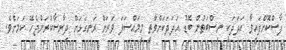
ފާސްކޮށްފައިވާ އަދަދަކީ ނިސްބަތުން ބޮޑު އަދަދަކަށްވާތީ މިމައްސަލަ ވަރަށް ރަނގަޅަށް ދިރާސާކުރަންޖެހޭ ކަމަށެވެ.